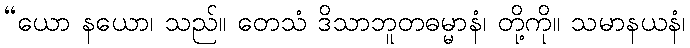
“ယော နယော၊ သည်။ တေသံ ဒိသာဘူတဓမ္မာနံ၊ တို့ကို။ သမာနယနံ၊